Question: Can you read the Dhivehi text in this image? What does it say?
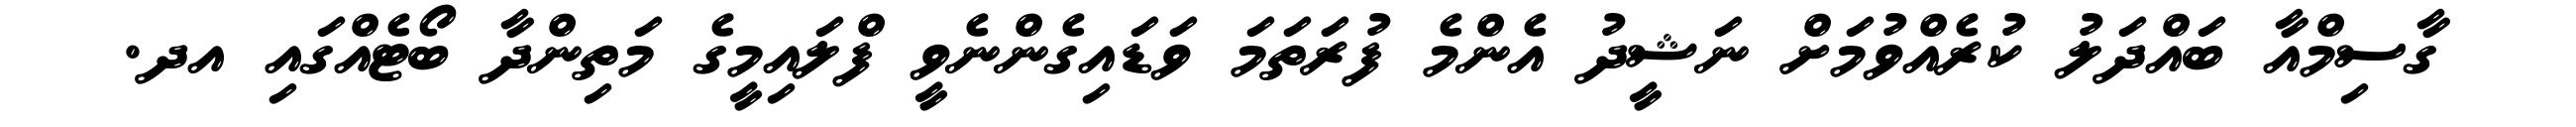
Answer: ގާސިމްއާ ބައްދަލު ކުރެއްވުމަށް ނަޝީދު އެންމެ ފުރަތަމަ ވަޑައިގެންނެވީ ފްލައިމީގެ މަތިންދާ ބޯޓެއްގައި އދ.